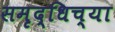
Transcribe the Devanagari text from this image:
समृद्धिच्या